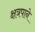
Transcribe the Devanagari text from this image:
क्षत्रपाने